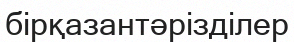
бірқазантәрізділер